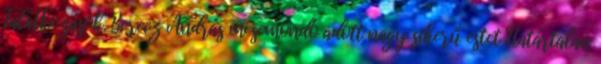
Találkozások. Berecz András mesemondó adott nagy sikerű estet Határtalan